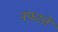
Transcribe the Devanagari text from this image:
नफरतें